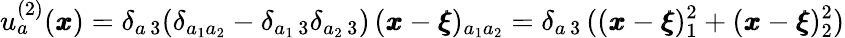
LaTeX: u_{a}^{(2)}({\pmb x})=\delta_{a\, 3}(\delta_{a_{1}a_{2}}-\delta_{a_{1}\, 3}\delta_{a_{2}\, 3})\, ({\pmb x}-{\pmb\xi})_{a_{1}a_{2}}=\delta_{a\, 3}\, (({\pmb x}-{\pmb\xi})_{1}^{2}+({\pmb x}-{\pmb\xi})_{2}^{2})